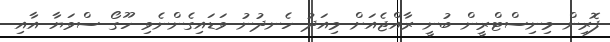
ފޮރިން މިނިސްޓްރީން ބުނީ ރާއްޖެއަށް މިއަދު ހެނދުނު ވަޑައިގެންނެވި ހޫގޯ ސްވަޔާ އާއި